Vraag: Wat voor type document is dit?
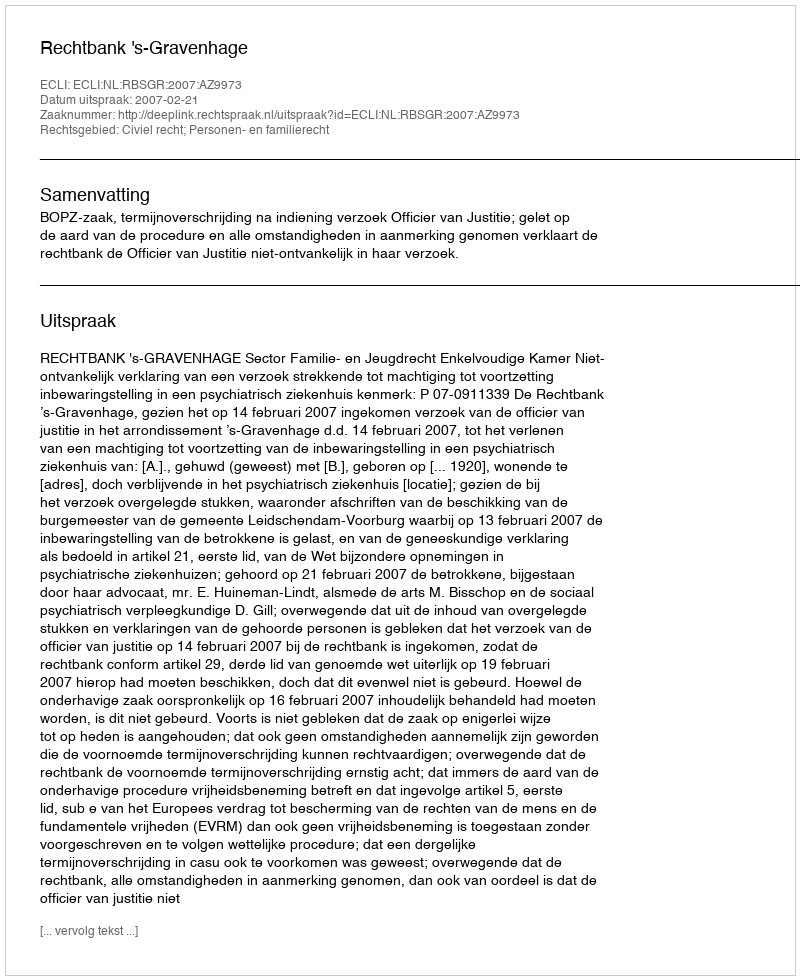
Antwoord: Uitspraak